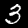
Digit: 3